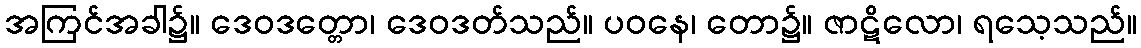
အကြင်အခါ၌။ ဒေဝဒတ္တော၊ ဒေဝဒတ်သည်။ ပဝနေ၊ တော၌။ ဇာဋိလော၊ ရသေ့သည်။